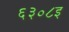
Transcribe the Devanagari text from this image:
६३०८इ